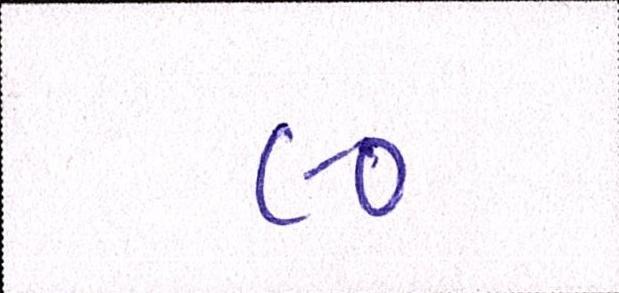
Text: ૯૦